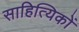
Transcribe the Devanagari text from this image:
साहित्‍यिकों